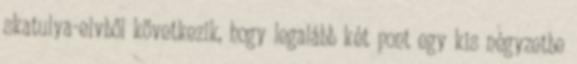
skatulya-elvből következik, hogy legalább két pont egy kis négyzetbe